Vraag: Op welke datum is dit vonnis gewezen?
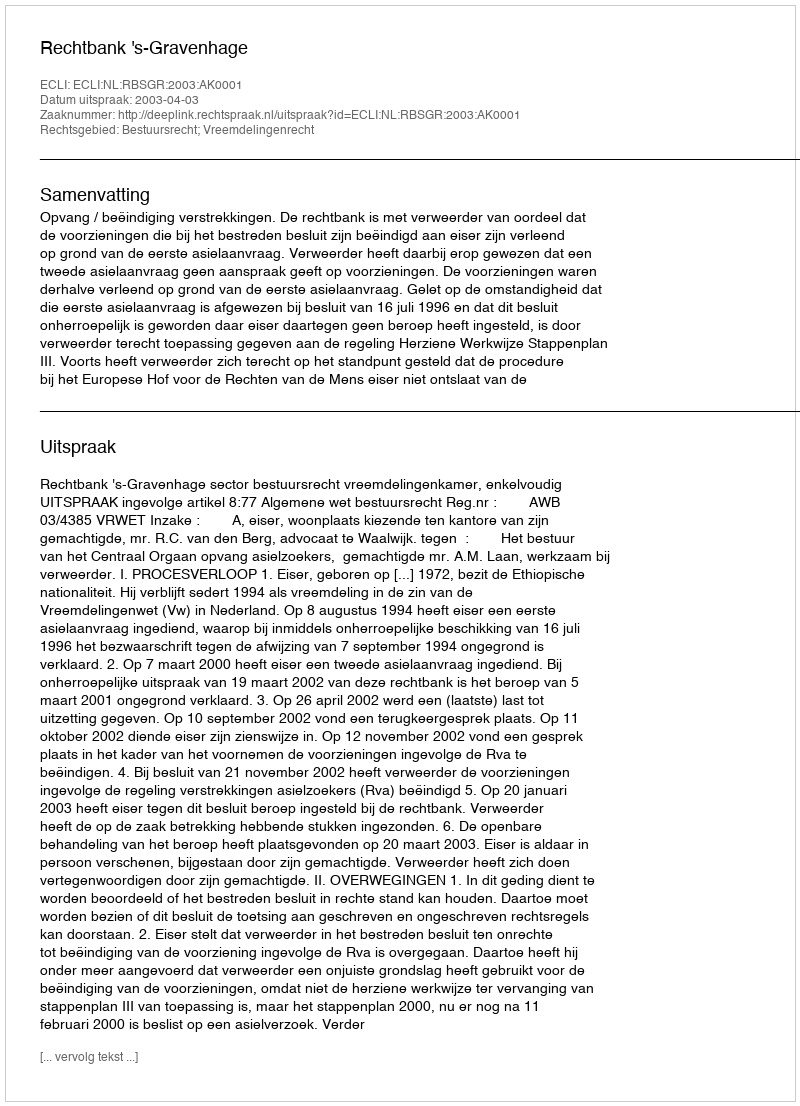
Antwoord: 2003-04-03